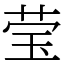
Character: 莹